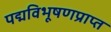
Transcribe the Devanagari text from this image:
पद्मविभूषणप्राप्त